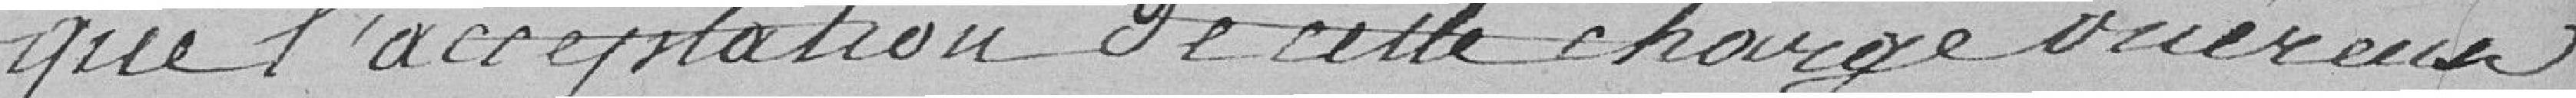
que l'acceptation de cette charge onéreuse